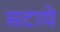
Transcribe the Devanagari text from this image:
सटाये